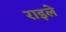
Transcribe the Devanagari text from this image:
राइले